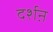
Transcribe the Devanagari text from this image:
दर्शऩ